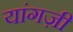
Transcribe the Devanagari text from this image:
यांगज़ी